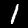
Label: 1